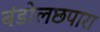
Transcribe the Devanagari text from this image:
बंडोलछपारा